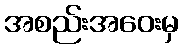
အစည်းအဝေးမှ